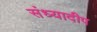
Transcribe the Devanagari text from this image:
संध्यादीप